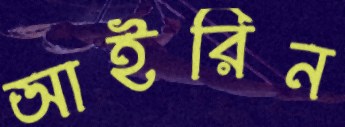
আইরিন